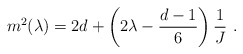
\begin{align*}m^2(\lambda) = 2 d + \left( 2\lambda - {d-1\over 6}\right){1\over J}~.\end{align*}